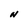
Character: N